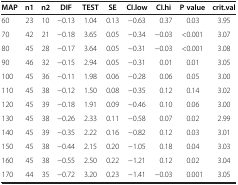
<table><thead><tr><td><b>MAP</b></td><td><b>n1</b></td><td><b>n2</b></td><td><b>DIF</b></td><td><b>TEST</b></td><td><b>SE</b></td><td><b>CI.low</b></td><td><b>CI.hi</b></td><td><b>P value</b></td><td><b>crit.val</b></td></tr></thead><tbody><tr><td>60</td><td>23</td><td>10</td><td>−0.13</td><td>1.04</td><td>0.13</td><td>−0.63</td><td>0.37</td><td>0.03</td><td>3.95</td></tr><tr><td>70</td><td>42</td><td>21</td><td>−0.18</td><td>3.65</td><td>0.05</td><td>−0.34</td><td>−0.03</td><td>&lt;0.001</td><td>3.07</td></tr><tr><td>80</td><td>45</td><td>28</td><td>−0.17</td><td>3.64</td><td>0.05</td><td>−0.31</td><td>−0.03</td><td>&lt;0.001</td><td>3.08</td></tr><tr><td>90</td><td>46</td><td>32</td><td>−0.15</td><td>2.94</td><td>0.05</td><td>−0.31</td><td>0.01</td><td>0.01</td><td>3.05</td></tr><tr><td>100</td><td>45</td><td>36</td><td>−0.11</td><td>1.98</td><td>0.06</td><td>−0.28</td><td>0.06</td><td>0.05</td><td>3.00</td></tr><tr><td>110</td><td>45</td><td>38</td><td>−0.12</td><td>1.50</td><td>0.08</td><td>−0.35</td><td>0.12</td><td>0.14</td><td>3.02</td></tr><tr><td>120</td><td>45</td><td>39</td><td>−0.18</td><td>1.91</td><td>0.09</td><td>−0.46</td><td>0.10</td><td>0.06</td><td>3.00</td></tr><tr><td>130</td><td>45</td><td>38</td><td>−0.26</td><td>2.33</td><td>0.11</td><td>−0.58</td><td>0.07</td><td>0.02</td><td>2.99</td></tr><tr><td>140</td><td>45</td><td>39</td><td>−0.35</td><td>2.22</td><td>0.16</td><td>−0.82</td><td>0.12</td><td>0.03</td><td>3.01</td></tr><tr><td>150</td><td>45</td><td>38</td><td>−0.44</td><td>2.15</td><td>0.20</td><td>−1.05</td><td>0.18</td><td>0.04</td><td>3.03</td></tr><tr><td>160</td><td>45</td><td>38</td><td>−0.55</td><td>2.50</td><td>0.22</td><td>−1.21</td><td>0.12</td><td>0.02</td><td>3.04</td></tr><tr><td>170</td><td>44</td><td>35</td><td>−0.72</td><td>3.20</td><td>0.23</td><td>−1.41</td><td>−0.03</td><td>0.001</td><td>3.05</td></tr></tbody></table>